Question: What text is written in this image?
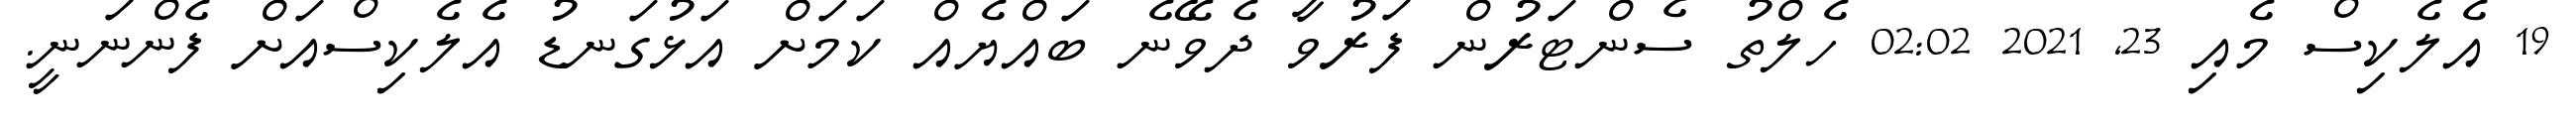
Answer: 19 އެލެކިސް މެއި 23, 2021 02:02 ހެލްތު ސެންޓަރުން ފަރުވާ ދެވޭނެ ބައްޔެއް ކަމަށް އަޅުގަނޑު އެލެކިސްއަށް ފެންނަނީ.